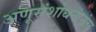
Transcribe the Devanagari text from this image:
अणूसंशोधनानंतर